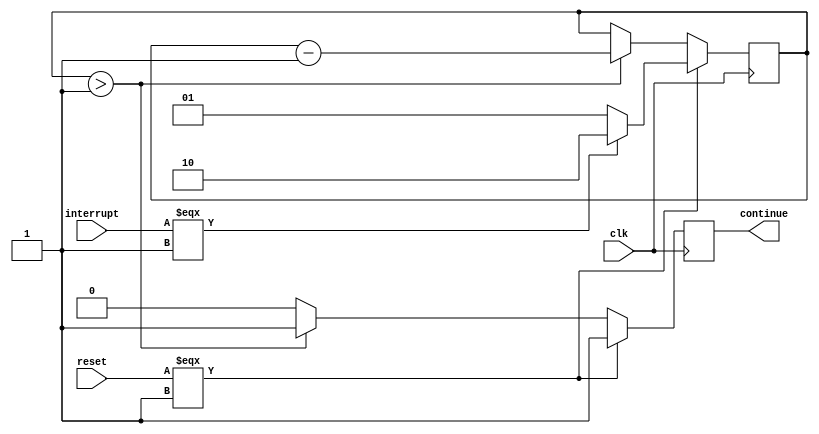
// case call or ret count will start with 2 push 16 bit from pc
// enter cout -1 here the count will be 1
// push other 16 bit from pc
// enter here count will be 0 take the second instruction
// case rti count start with 3 to push flag
module HosnyRetStateMachine(clk,interrupt,reset,continue);
input clk,reset,interrupt;
output reg continue;

reg [1:0] count_state;

localparam count = 1'b1;

always @(negedge clk)begin

    // count_state = 2'b0;
    if(reset===1'b1)begin
        if(interrupt === 1'b1)begin
            count_state=2'b10;
        end else begin
            count_state=2'b01;
        end
        continue=1'b1;
    end else if(count_state > 2'b01) begin
        count_state=count_state-2'b01;
        continue=1'b1;
    end else begin
        continue=1'b0;
    end

end

endmodule